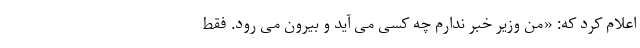
اعلام کرد که: «من وزیر خبر ندارم چه کسی می آید و بیرون می رود. فقط